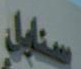
سنابل